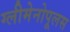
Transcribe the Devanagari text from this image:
ग्लीमेनोपूलस